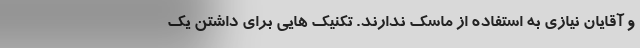
و آقایان نیازی به استفاده از ماسک ندارند. تکنیک هایی برای داشتن یک